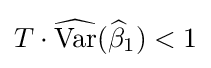
T\cdot {\widehat {\operatorname {Var} }}({\widehat {\beta }}_{1})<1